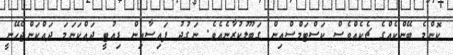
ކޮންމެ ބޭންކެއްގެ ޗެކެއްވެސް ކަސްޓަމްސްއިން ގަބޫލުކުރާނެއެވެ. ނަގުދު ފައިސާއިން ޑިއުޓީ ދައްކަނަމަ ދައްކަންޖެހޭނީ